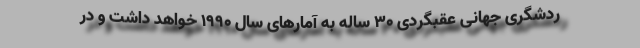
ردشگری جهانی عقبگردی ۳۰ ساله به آمارهای سال ۱۹۹۰ خواهد داشت و در